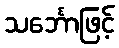
သင်္ဘောဖြင့်